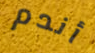
أندم